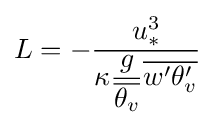
L=-{\dfrac {u_{*}^{3}}{\kappa {\dfrac {g}{\overline {\theta _{v}}}}{\overline {w'\theta _{v}'}}}}